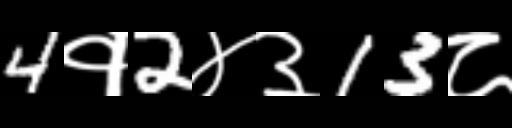
Text: 4१2४३13८